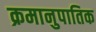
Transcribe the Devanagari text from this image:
क्रमानुपातिक